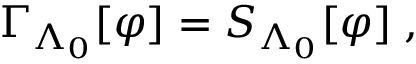
\Gamma _ { \Lambda _ { 0 } } [ \varphi ] = S _ { \Lambda _ { 0 } } [ \varphi ] \; ,